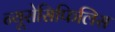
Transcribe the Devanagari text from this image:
न्यूरोसिफिलिस